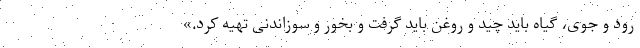
رود و جوی، گیاه باید چید و روغن باید گرفت و بخور و سوزاندنی تهیه کرد.»